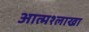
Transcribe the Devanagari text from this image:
आत्मश्लाखा